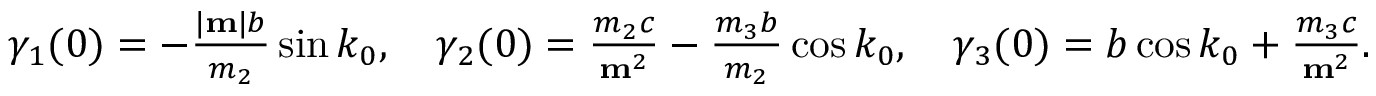
\begin{array} { r } { \gamma _ { 1 } ( 0 ) = - \frac { | { \bf m } | b } { m _ { 2 } } \sin k _ { 0 } , \quad \gamma _ { 2 } ( 0 ) = \frac { m _ { 2 } c } { { \bf m } ^ { 2 } } - \frac { m _ { 3 } b } { m _ { 2 } } \cos k _ { 0 } , \quad \gamma _ { 3 } ( 0 ) = b \cos k _ { 0 } + \frac { m _ { 3 } c } { { \bf m } ^ { 2 } } . } \end{array}